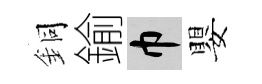
銅鍮巾嬰